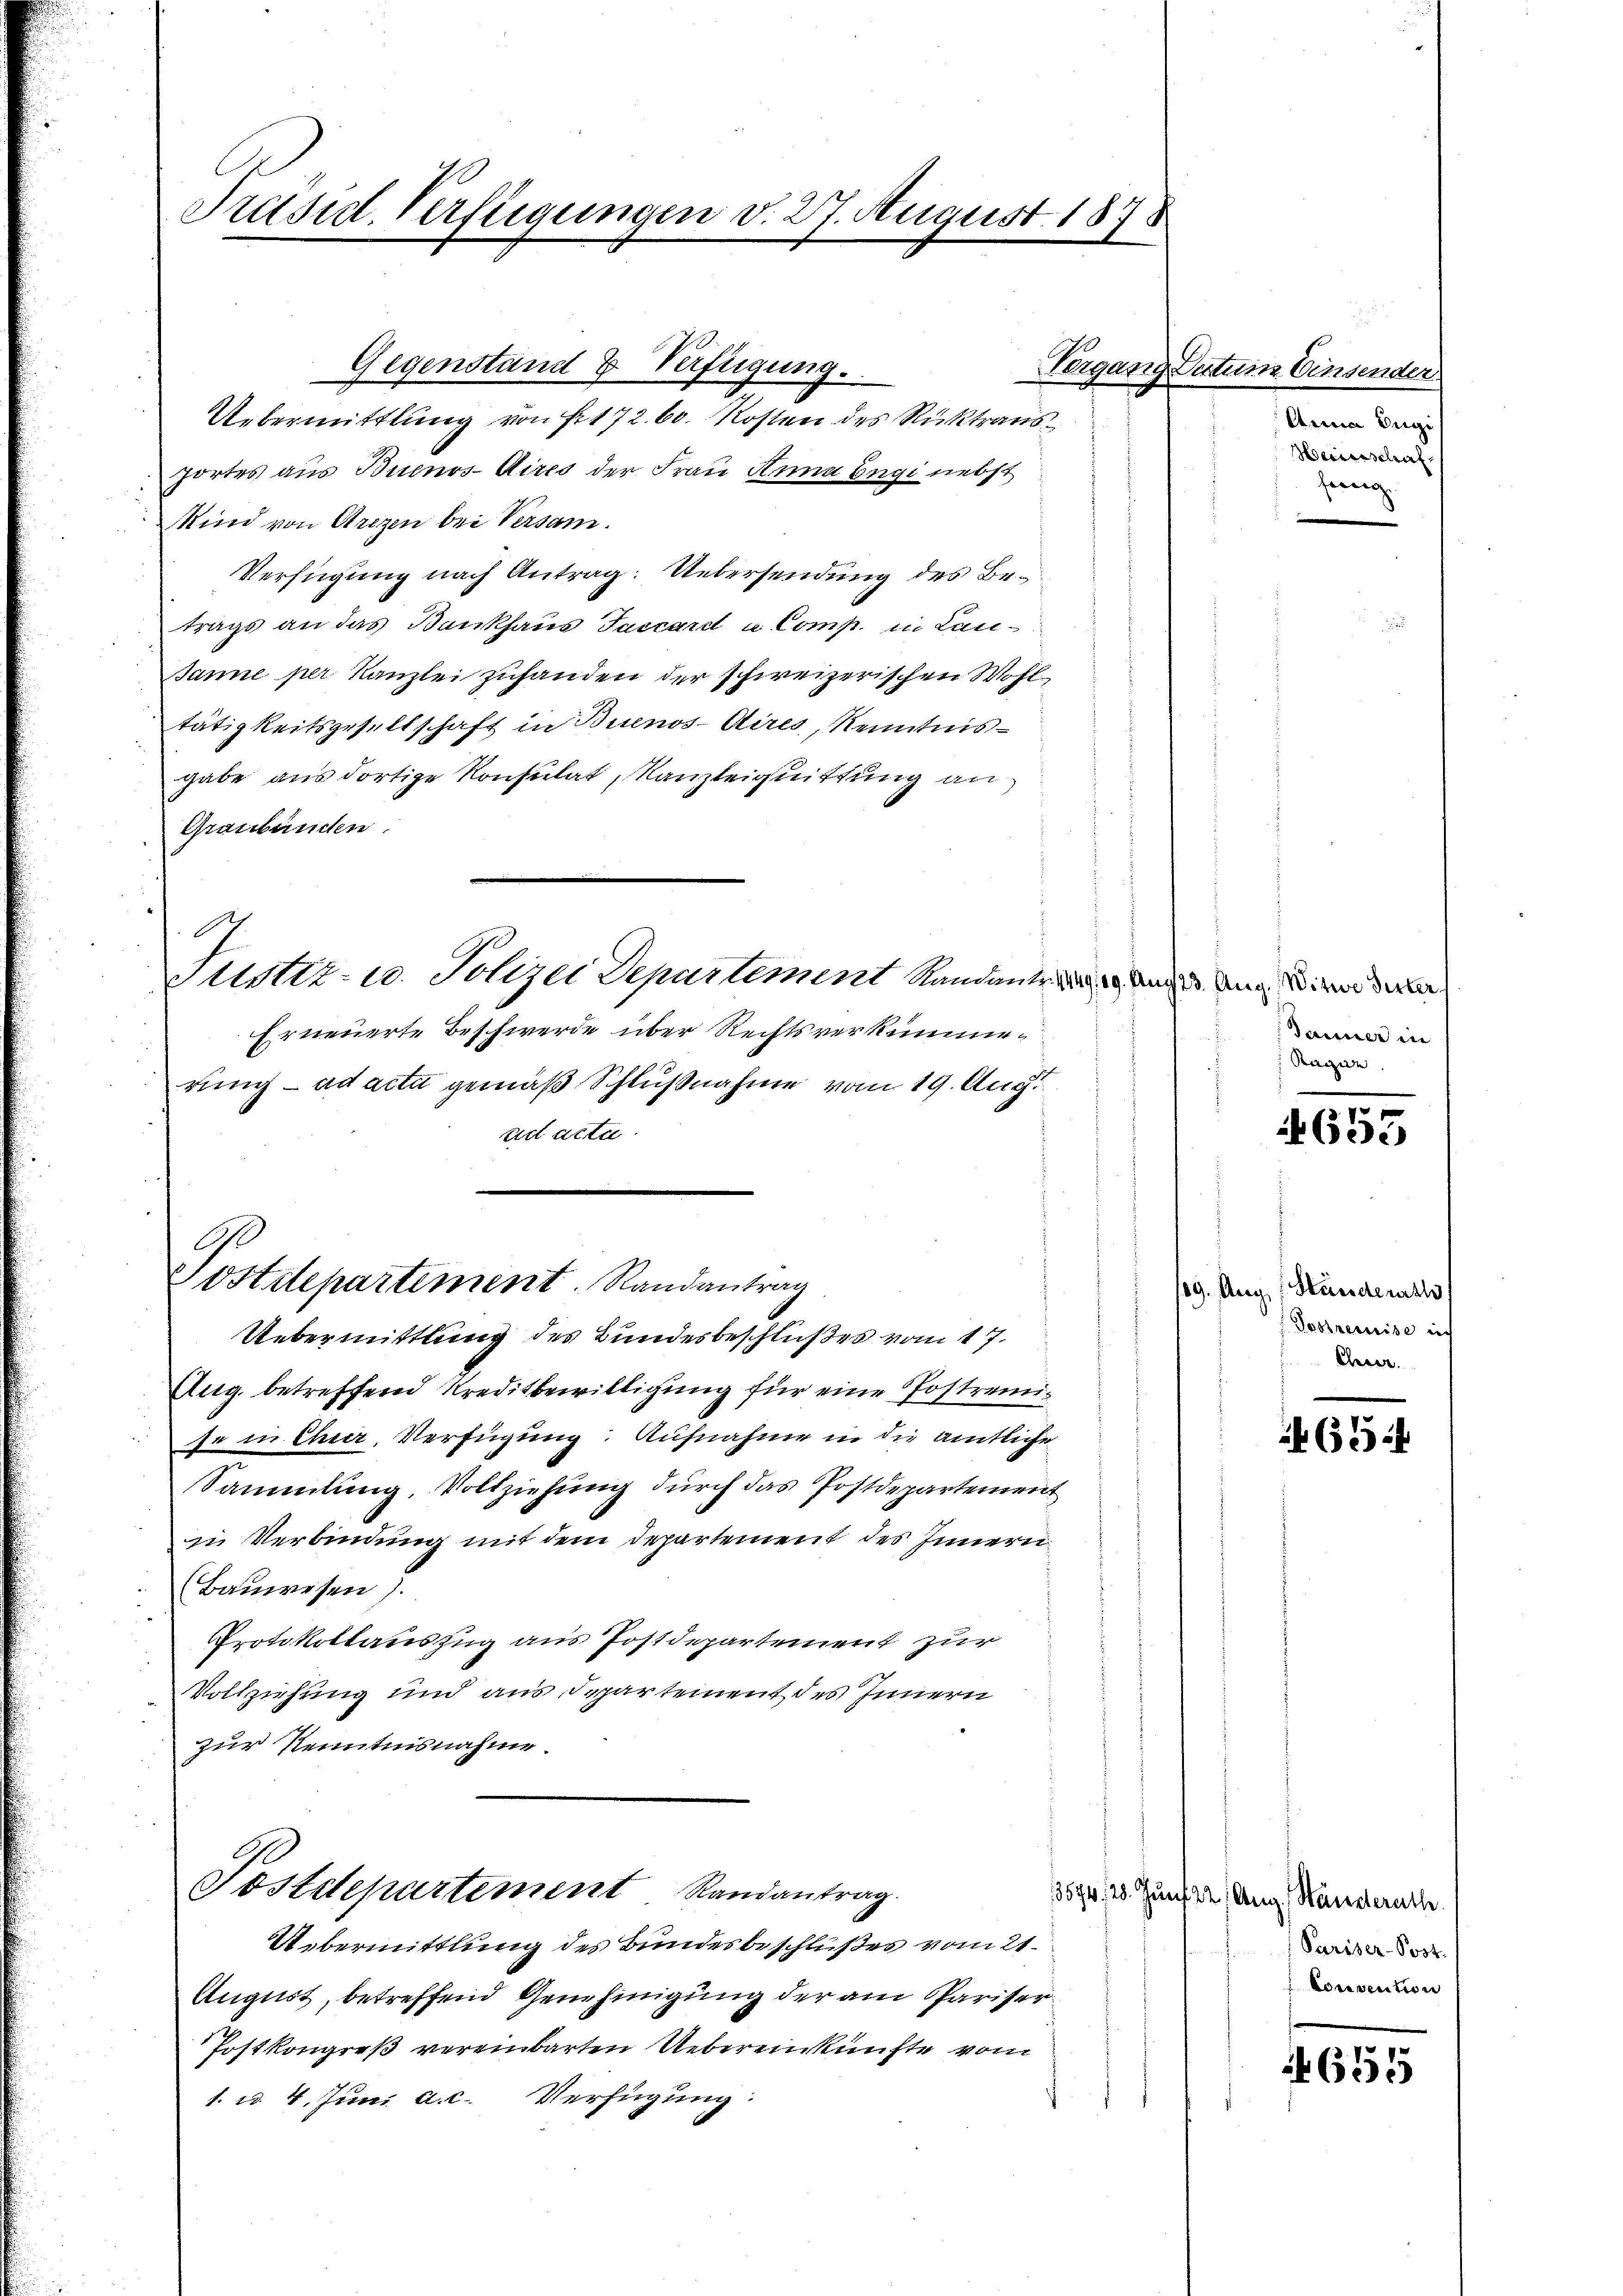
Präsid. Verfügungen v. 27. August 187

Gegenstand & Verfügung.
Uebermittlung von Fr. 172. 60. Kosten des Rücktrausportes aus Buenos-Aires der Frau Anna Engi nebst
Kind von Arezen bei Versam.
Verfügung nach Antrag: Uebersendung des Betrags an das Bankhaus Taccard u Comp. in Lan¬
Banne per Kanzlei zuhanden der schweizerischen Wohl
tätigkeitsgesellschaft in Buenos-Aires, Kenntnisgabe aus dortige Konsulat, Kanzleiguittung an
Graubünden.

7
Justiz- u. Polizei Departement Randante andes Ung. Wird der

Erneuerte Beschwerde über Rechtsverkümmerung ad acta gemäß Schlußnahme vom 19. Aug.
edt acte.

Postdepartement. Randantrag
Uebermittlung des Bundesbeschlußes vom 17.

Aug. betreffend Kreditbewilligung für eine Postremise in Chur. Verfügung: Aufnahme in die amtliche
Sammlung, Vollziehung durch das Postdepartement
in Verbindung mit dem Departement des Innern
Bauwesen).
Protokollauszug aus Postdepartement zur
Vollziehung und aus Departement des Innern
zur Kenntnisnahme.

Postdepartement. Randantrag.

Uebermittlung des Bundesbeschlußes vom 21.
August, betreffend Genehmigung der am Pariser
Postkongreß vereinbarten Uebereinkünfte vom
1. d. 4. Juni a. c. Verfügung:

Hergan

2 Datum Consender
Annia Sigi
Weinschaf
eng

Tanner in
Ragion

655

/29. Aug. (Ständeraths
Bestremise ich
Ehever.

6

3574, 28. Juni 22. Aug., Ständerath.
Pariser-Post.
konsention

655